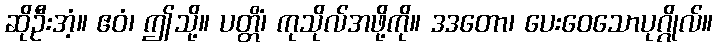
ဆိုဦးအံ့။ ဧဝံ၊ ဤသို့။ ပတ္တိံ၊ ကုသိုလ်အဖို့ကို။ ဒဒတော၊ ပေးဝေသောပုဂ္ဂိုလ်။